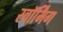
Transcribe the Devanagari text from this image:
स्वॉर्मिंग